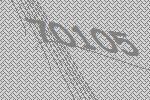
70105